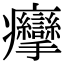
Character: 癴